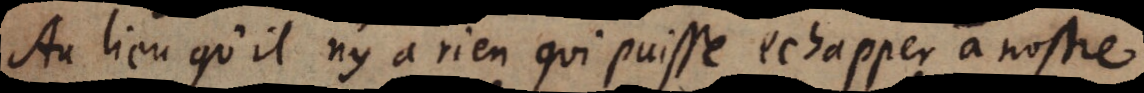
Au lieu qu’il n’y a rien qui puisse echapper a nostre